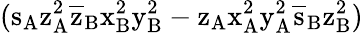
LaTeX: (\mathrm{s_{A}\mathrm{z_{A}^{2}\mathrm{\overline{{z}}_{B}\mathrm{x_{B}^{2}\mathrm{y_{B}^{2}-\mathrm{z_{A}\mathrm{x_{A}^{2}\mathrm{y_{A}^{2}\mathrm{\overline{{s}}_{B}\mathrm{z_{B}^{2})}}}}}}}}}}